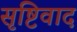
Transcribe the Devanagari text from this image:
सृष्टिवाद